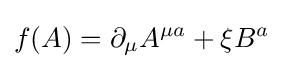
f(A)=\partial _{\mu }A^{\mu a}+\xi B^{a}